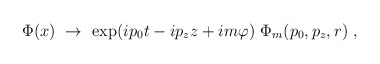
\begin{align*}\Phi(x)\ \rightarrow\ \exp(ip_0t-ip_zz+im\varphi)\ \Phi_m(p_0,p_z,r)\ ,\end{align*}